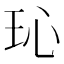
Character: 𪻒